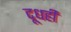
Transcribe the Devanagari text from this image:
दूधही